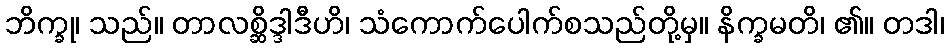
ဘိက္ခု၊ သည်။ တာလစ္ဆိဒ္ဒါဒီဟိ၊ သံကောက်ပေါက်စသည်တို့မှ။ နိက္ခမတိ၊ ၏။ တဒါ၊